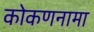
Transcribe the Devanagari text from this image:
कोकणनामा